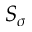
S _ { \sigma }